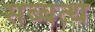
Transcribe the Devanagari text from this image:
सब्बत्थ